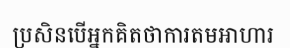
ប្រសិនបើអ្នកគិតថាការតមអាហារ